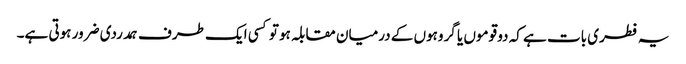
یہ فطری بات ہے کہ دو قوموں یا گروہوں کے درمیان مقابلہ ہو تو کسی ایک طرف ہمدردی ضرور ہوتی ہے۔